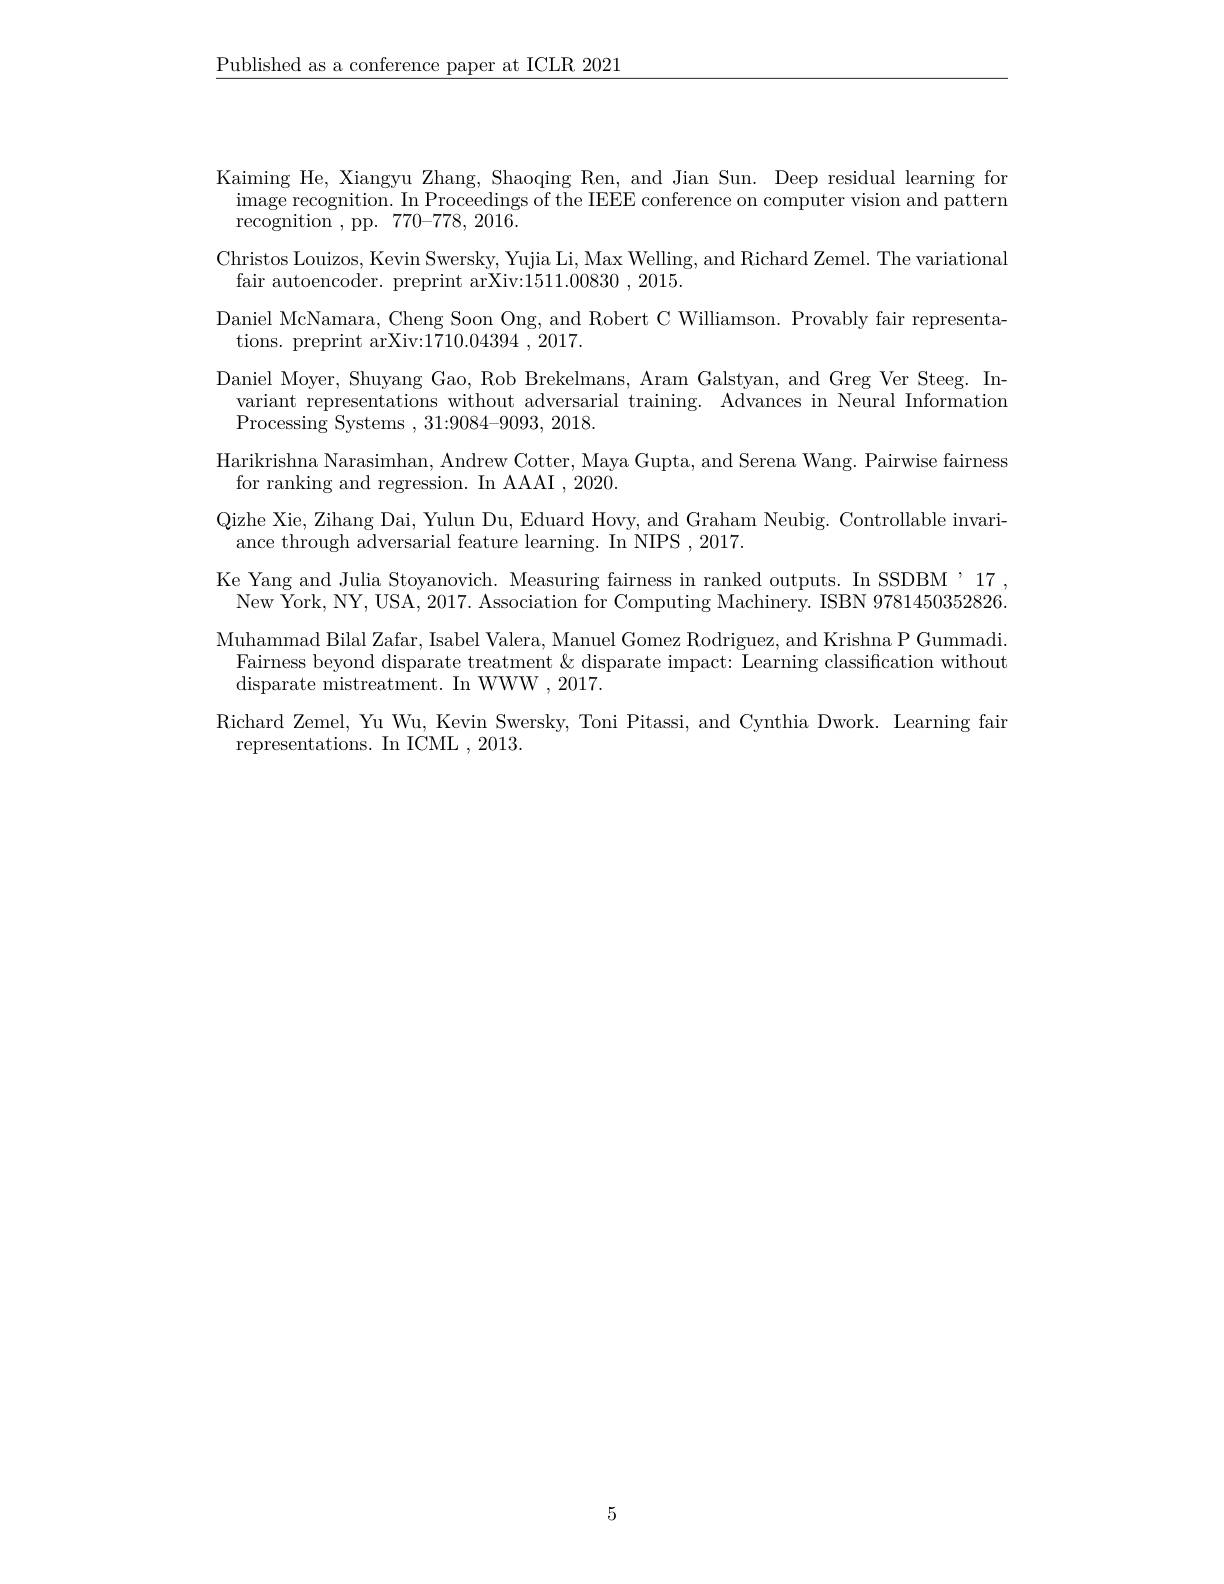
$\underline{\text{Published as a conference paper at ICLR 2021}}$

Kaiming He, Xiangyu Zhang, Shaoqing Ren, and Jian Sun. Deep residual learning for $\operatorname*$recognition. In Proceedings of the IEEE conference on computer vision and pattern $\bar{\mathrm{recognition~,~pp.~}}770-778,2016.$
Christos Louizos, Kevin Swersky, Yujia Li, Max Welling, and Richard Zemel. The variational
fair autoencoder. preprint arXiv:1511.00830 , 2015.
Daniel McNamara, Cheng Soon Ong, and Robert C Williamson. Provably fair representa-
tions. preprint arXiv:1710.04394 , 2017.
Daniel Moyer, Shuyang Gao, Rob Brekelmans, Aram Galstyan, and Greg Ver Steeg. In-
variant representations without adversarial training. Advances in Neural Information
Processing Systems ,31{:}9084{-}9093,2018.
Harikrishna Narasimhan, Andrew Cotter, Maya Gupta, and Serena Wang. Pairwise fairness
for ranking and regression. In AAAI ,2020.
Qizhe Xie, Zihang Dai, Yulun Du, Eduard Hovy, and Graham Neubig. Controllable invari-
ance through adversarial feature learning. In NIPS ,2017.
Ke Yang and Julia Stoyanovich. Measuring fairness in ranked outputs. In SSDBM'17. New $\bar{York, NY, USA, 2017. Association for Computing Machinery. ISBN 9781450352826. }$ Muhammad Bilal Zafar, Isabel Valera, Manuel Gomez Rodriguez, and Krishna P Gummadi.
Fairness beyond disparate treatment & disparate impact: Learning classification without
disparate mistreatment. In WWW , 2017.
Richard Zemel, Yu Wu, Kevin Swersky, Toni Pitassi, and Cynthia Dwork. Learning fair
representations. In ICML , 2013.

5